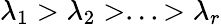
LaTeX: \lambda_{1}>\lambda_{2}>...>\lambda_{r}